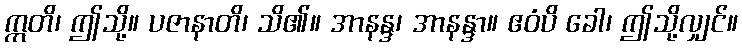
ဣတိ၊ ဤသို့။ ပဇာနာတိ၊ သိ၏။ အာနန္ဒ၊ အာနန္ဒာ။ ဧဝံပိ ခေါ၊ ဤသို့လျှင်။